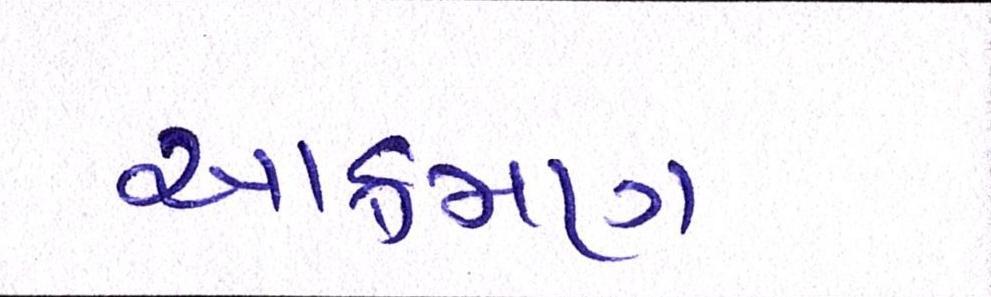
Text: આક્રમણ